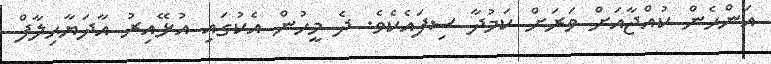
އަންހެން ކުއްޖާއަށް ވަރަށް ކަމުދާ ސިފައެކެވެ. ދެ މީހުން އެކުގައި އުޅޭއިރު އާދަޔާޙިލާފް